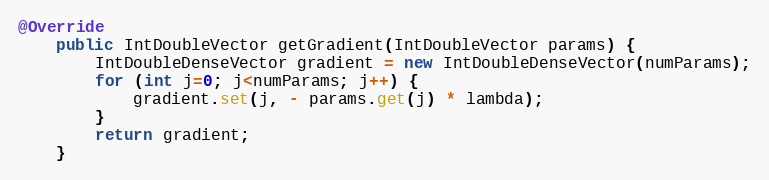
Language: Java
@Override
    public IntDoubleVector getGradient(IntDoubleVector params) {
        IntDoubleDenseVector gradient = new IntDoubleDenseVector(numParams);
        for (int j=0; j<numParams; j++) {
            gradient.set(j, - params.get(j) * lambda);
        }
        return gradient;
    }